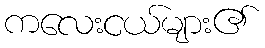
ကလေးငယ်များ၏